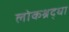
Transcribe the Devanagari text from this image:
लोकश्रद्धा